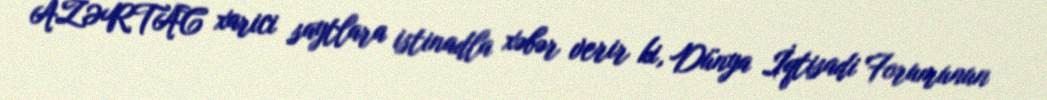
AZƏRTAC xarici saytlara istinadla xəbər verir ki, Dünya İqtisadi Forumunun